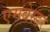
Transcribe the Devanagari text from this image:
एमबेस्डर